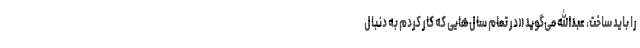
را باید ساخت، عبدالله می‌گوید «در تمام سال‌هایی که کار کردم به دنبال